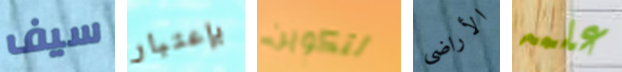
سيف بإعتبار لتكوين الأراضى علمه